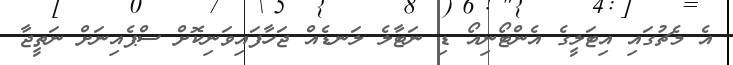
އެ މެޗުގައި އިޓަލީގެ އެންޓޯނިއޯ ޑި ނަޓާލެ ލަނޑެއް ޖަހާފައިވަނިކޮށް ސްޕެއިނަށް ނަތީޖާ